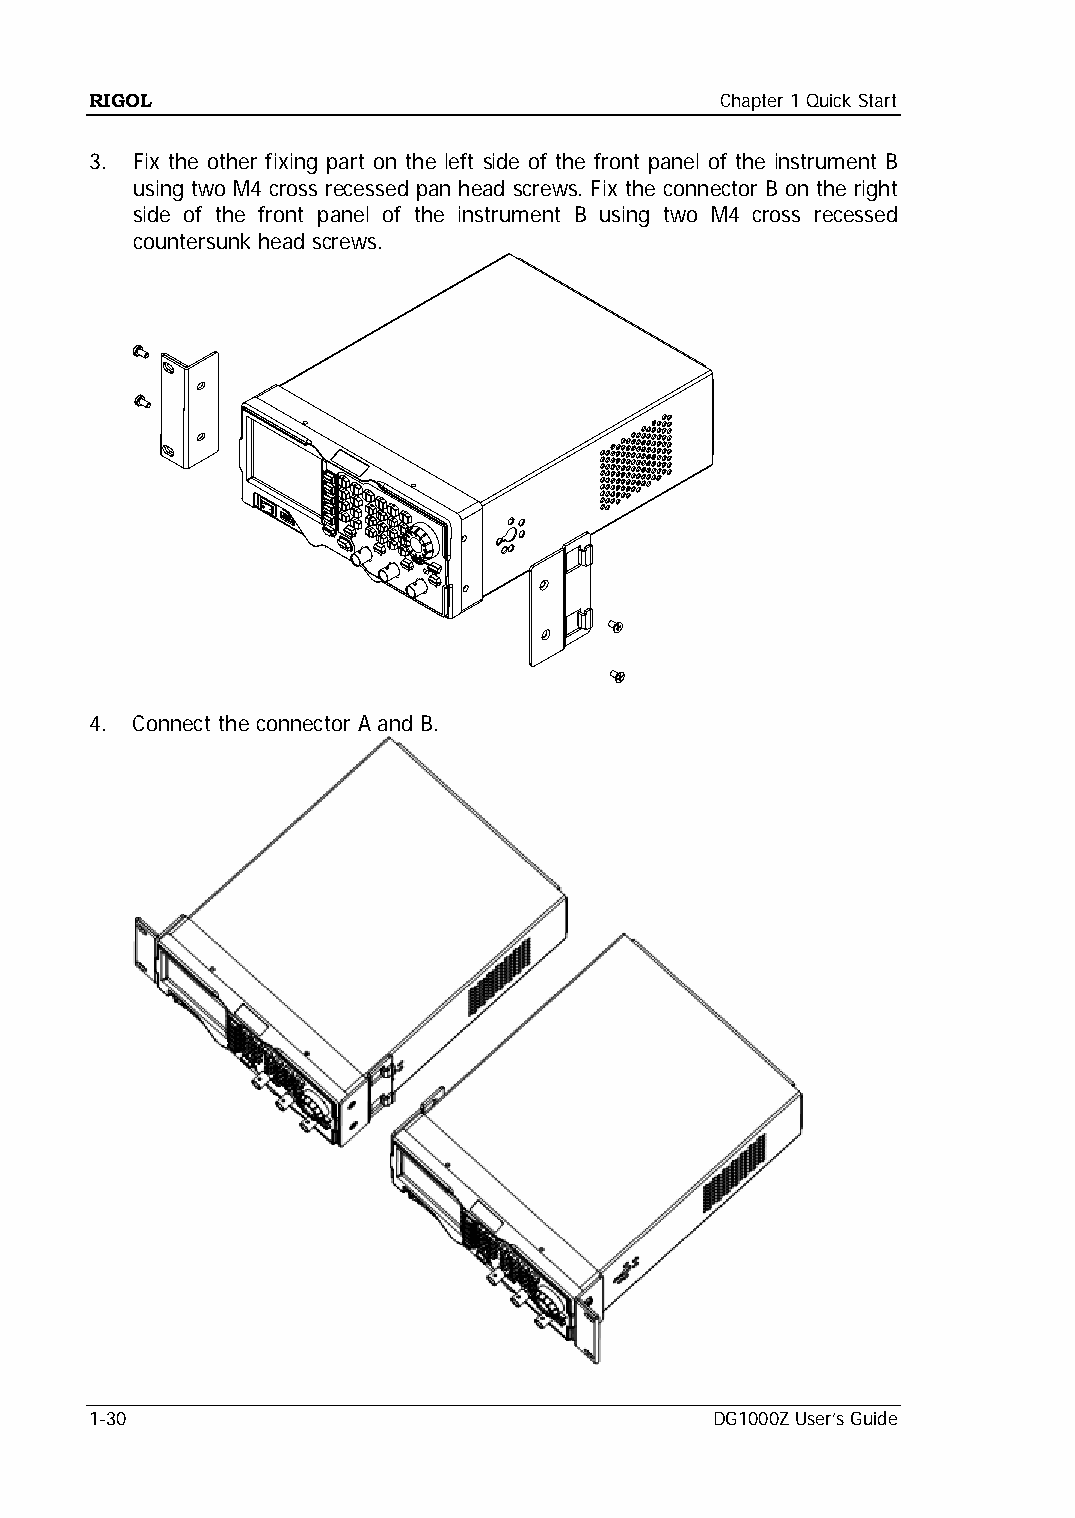
RIGOL                                     Chapter 1 Quick Start
 3. Fix the other fixing part on the left side of the front panel of the instrument B
 using two M4 cross recessed pan head screws. Fix the connector B on the right
 side of the front panel of the instrument B using two M4 cross recessed
 countersunk head screws.
 4. Connect the connector A and B.
 1-30                                     DG1000Z User’s Guide